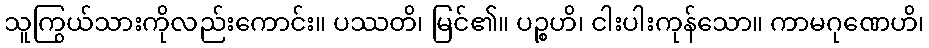
သူကြွယ်သားကိုလည်းကောင်း။ ပဿတိ၊ မြင်၏။ ပဉ္စဟိ၊ ငါးပါးကုန်သော။ ကာမဂုဏေဟိ၊